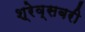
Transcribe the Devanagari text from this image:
श्रेव्सबरी